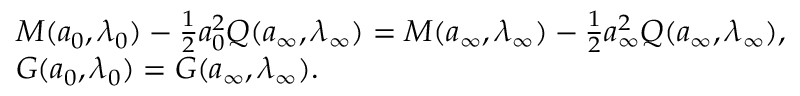
\begin{array} { r l } & { M ( { a } _ { 0 } , \lambda _ { 0 } ) - \frac { 1 } { 2 } { a } _ { 0 } ^ { 2 } Q ( { a } _ { \infty } , \lambda _ { \infty } ) = M ( { a } _ { \infty } , \lambda _ { \infty } ) - \frac { 1 } { 2 } { a } _ { \infty } ^ { 2 } Q ( { a } _ { \infty } , \lambda _ { \infty } ) , } \\ & { G ( { a } _ { 0 } , \lambda _ { 0 } ) = G ( { a } _ { \infty } , \lambda _ { \infty } ) . } \end{array}